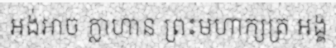
អង់អាច ក្លាហាន ព្រះមហាក្សត្រ អង្គ